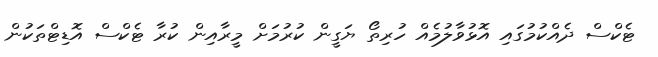
ޓެކްސް ދެއްކުމުގައި އޮޅުވާލުމެއް ހުރިތޯ ޔަގީން ކުރުމަށް މީރާއިން ކުރާ ޓެކްސް އޮޑިޓްތަކުން